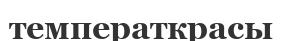
температкрасы